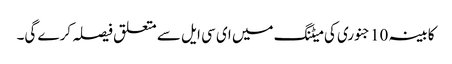
کابینہ 10 جنوری کی میٹنگ میں ای سی ایل سے متعلق فیصلہ کرے گی۔